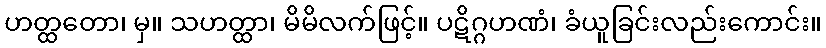
ဟတ္ထတော၊ မှ။ သဟတ္ထာ၊ မိမိလက်ဖြင့်။ ပဋိဂ္ဂဟဏံ၊ ခံယူခြင်းလည်းကောင်း။